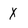
Character: X